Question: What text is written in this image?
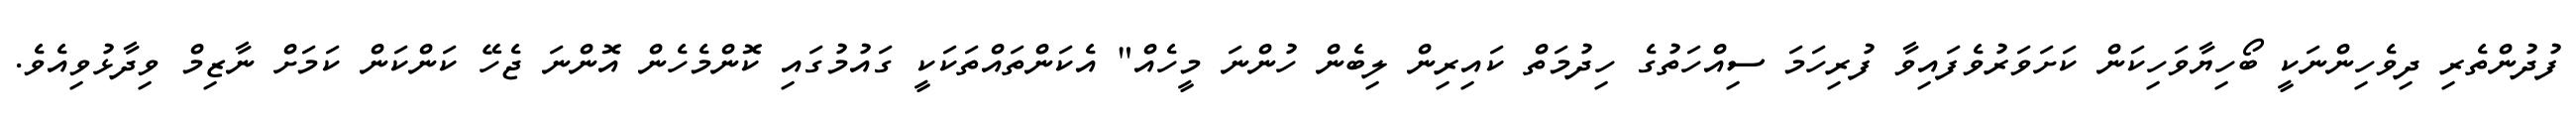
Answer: ފުދުންތެރި ދިވެހިންނަކީ ބޯހިޔާވަހިކަން ކަށަވަރުވެފައިވާ ފުރިހަމަ ސިއްހަތުގެ ހިދުމަތް ކައިރިން ލިބެން ހުންނަ މީހެއް" އެކަންތައްތަކަކީ ގައުމުގައި ކޮންމެހެން އޮންނަ ޖެހޭ ކަންކަން ކަމަށް ނާޒިމް ވިދާޅުވިއެވެ.